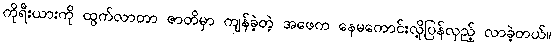
ကိုရီးယားကို ထွက်လာတာ ဇာတိမှာ ကျန်ခဲ့တဲ့ အဖေက နေမကောင်းလို့ပြန်လှည့် လာခဲ့တယ်။